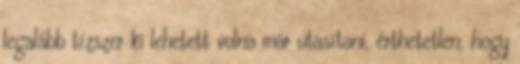
legalább tízszer ki lehetett volna már utasítani, érthetetlen, hogy